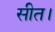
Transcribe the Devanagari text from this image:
सीत।